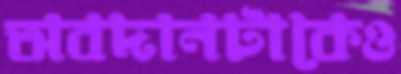
অবদানটাকেও